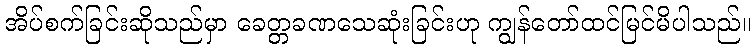
အိပ်စက်ခြင်းဆိုသည်မှာ ခေတ္တခဏသေဆုံးခြင်းဟု ကျွန်တော်ထင်မြင်မိပါသည်။